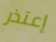
إعتذر